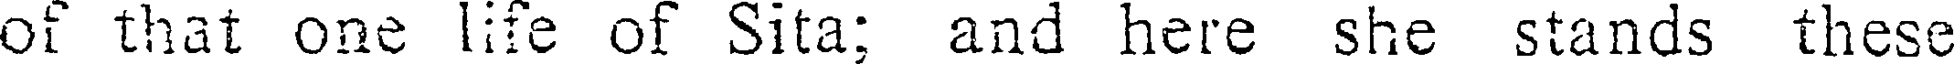
of that one life of Sita; and here she stands these